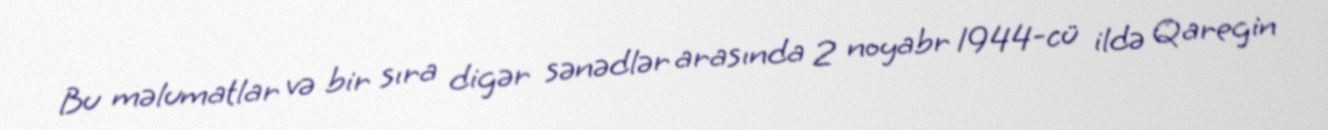
Bu məlumatlar və bir sıra digər sənədlər arasında 2 noyabr 1944-cü ildə Qaregin